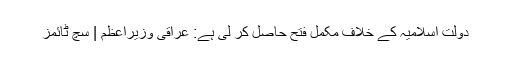
دولتِ اسلاميہ کے خلاف مکمل فتح حاصل کر لی ہے: عراقی وزیراعظم | سچ ٹائمز